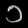
Digit: ၁